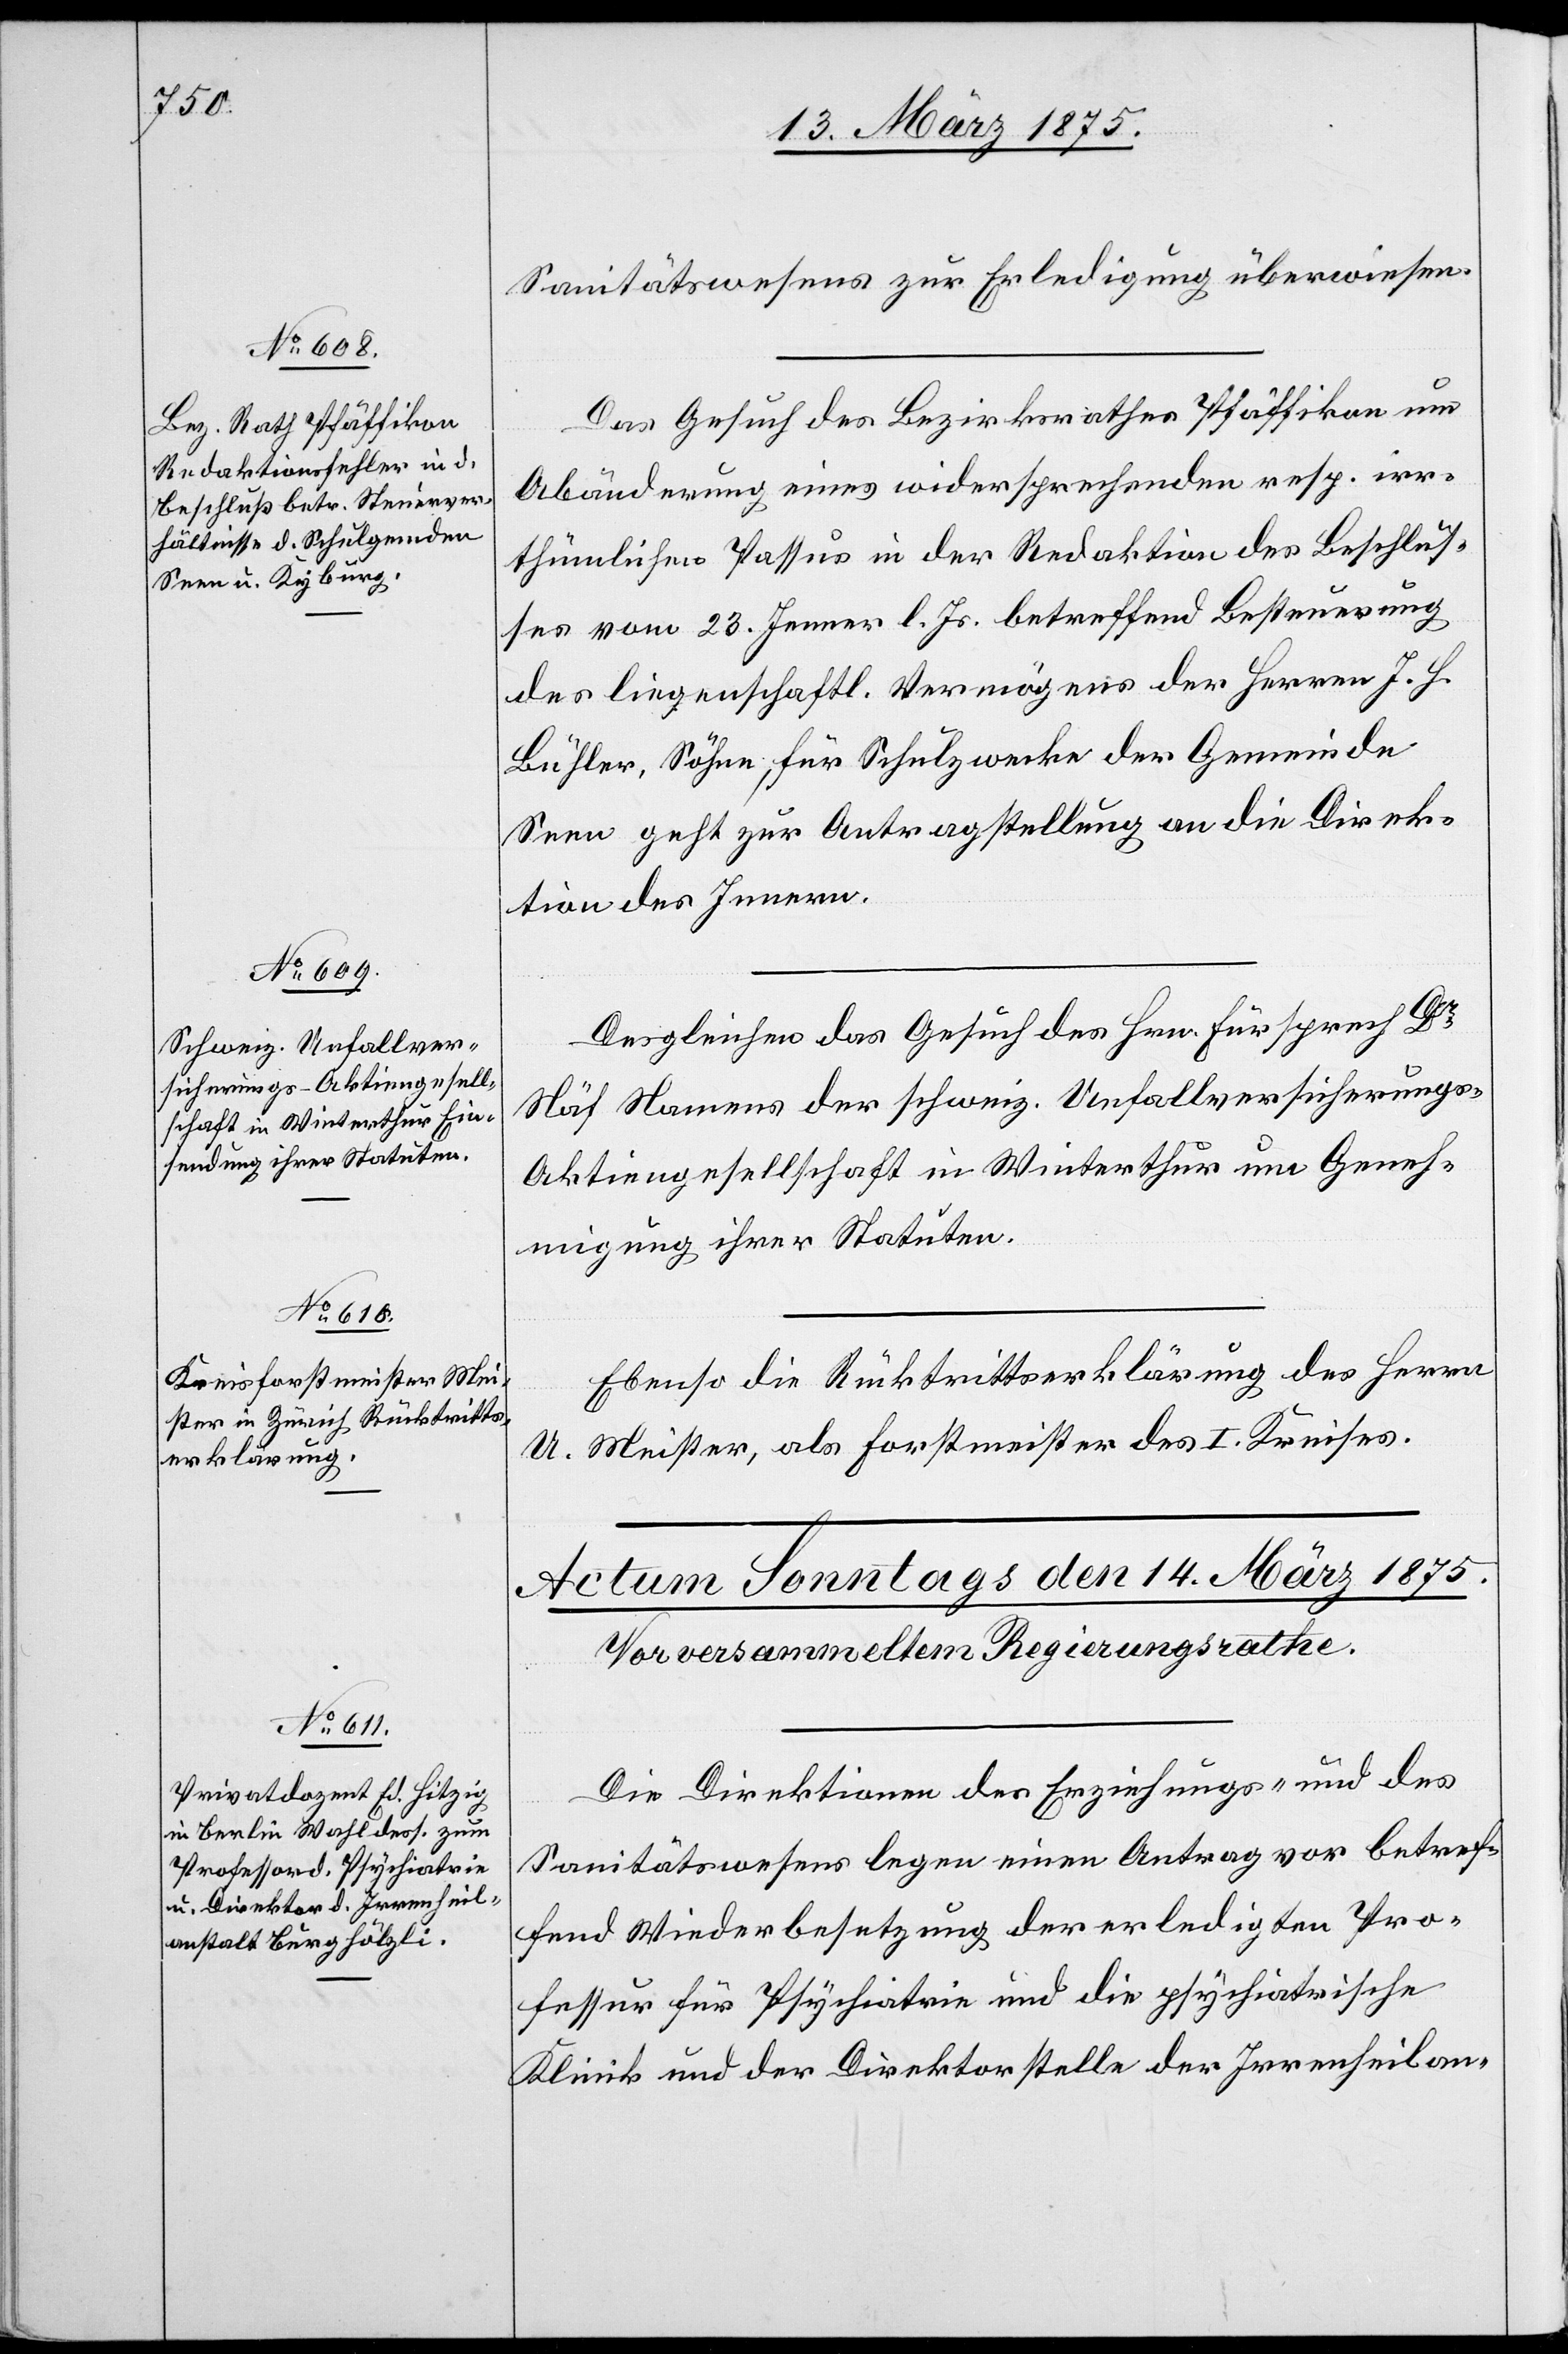
13. März 1875.]
Sanitätswesens zur Erledigung überwiesen.
Das Gesuch des Bezirksrathes Pfäffikon um
Abänderung eines widersprechenden resp. irr¬
thümlichen Passus in der Redaktion des Beschlus¬
ses vom 23. Jenner l. Js. betreffend Besteuerung
des liegenschaftl. Vermögens der Herren J. H.
Bühler, Söhne, für Schulzwecke der Gemeinde
Seen geht zur Antragstellung an die Direk¬
tion des Innern.
Desgleichen das Gesuch des Hrn. Fürsprech Dr
Näf Namens der schweiz. Unfallversicherungs-A¬
ktiengesellschaft in Winterthur um Geneh¬
migung ihrer Statuten.
Ebenso die Rücktrittserklärung des Herrn
U. Meister, als Forstmeister des I. Kreises.
Die Direktionen der Erziehungs- und des
Sanitätswesens legen einen Antrag vor betref¬
fend Minderbesetzung der erledigten Pro¬
fessur für Psychiatrie und die psychische
Klinik und der Direktorstelle der Irrenheilan-